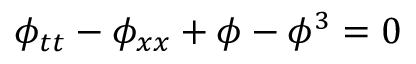
\phi _ { t t } - \phi _ { x x } + \phi - \phi ^ { 3 } = 0